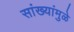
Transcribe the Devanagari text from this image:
सांख्यांमुळे